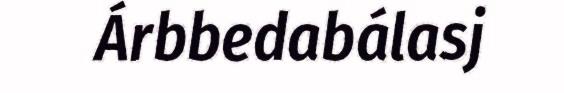
Árbbedabálasj